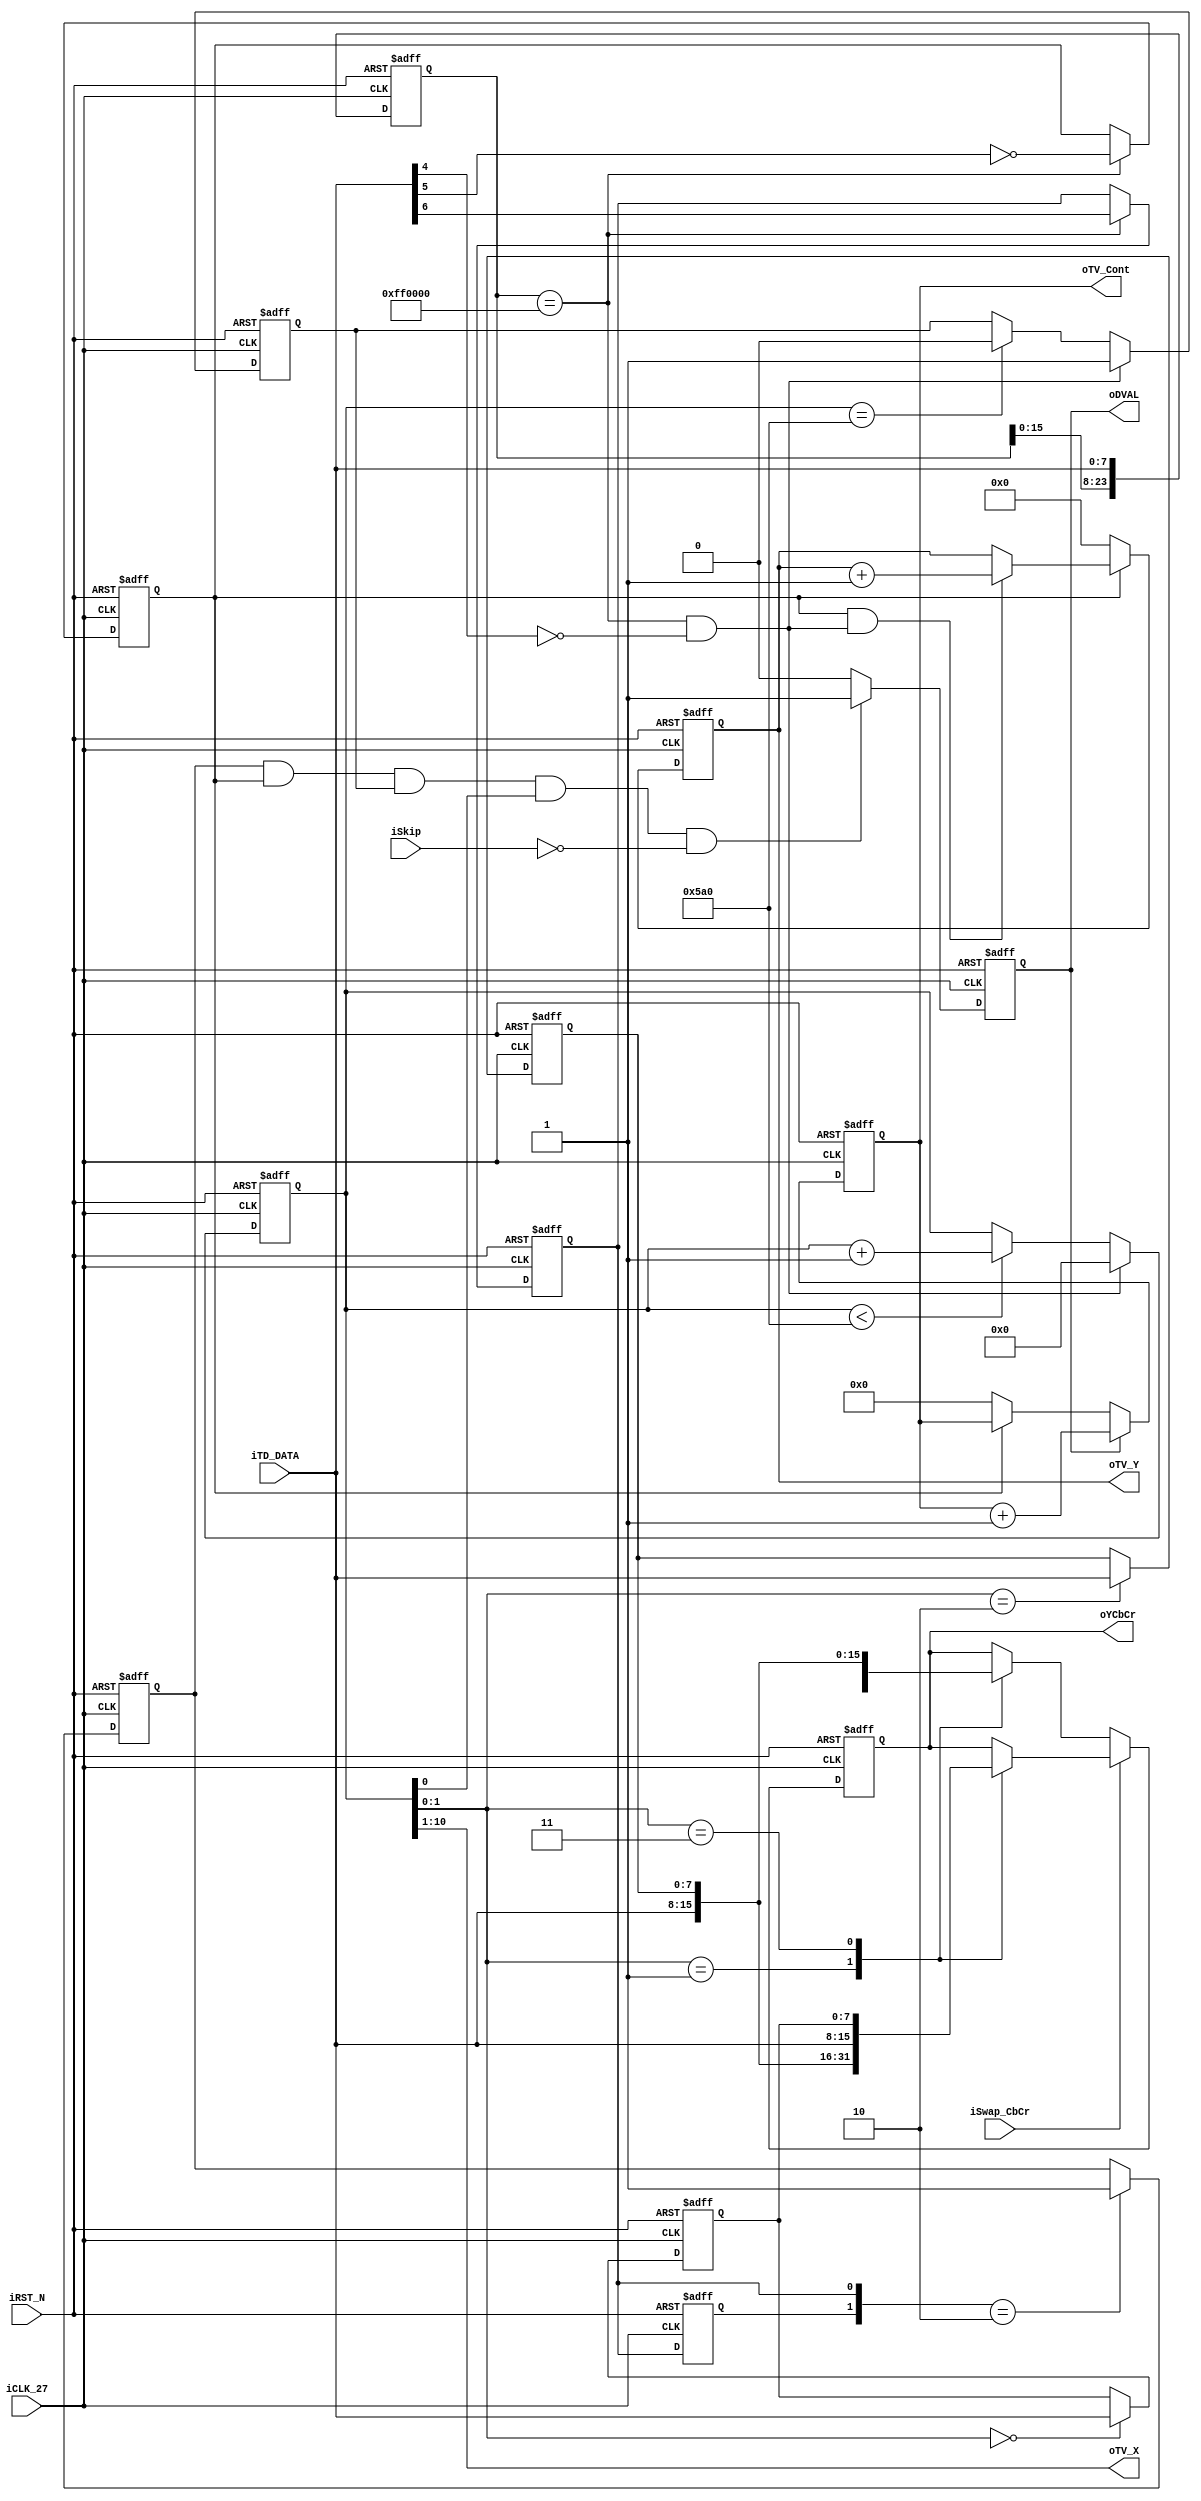
module	ITU_656_Decoder(	//	TV Decoder Input
							iTD_DATA,
							//	Position Output
							oTV_X,
							oTV_Y,
							oTV_Cont,
							//	YUV 4:2:2 Output
							oYCbCr,
							oDVAL,
							//	Control Signals
							iSwap_CbCr,
							iSkip,
							iRST_N,
							iCLK_27	);
input	[7:0]	iTD_DATA;
input			iSwap_CbCr;
input			iSkip;
input			iRST_N;
input			iCLK_27;
output	[15:0]	oYCbCr;
output	[9:0]	oTV_X;
output	[9:0]	oTV_Y;
output	[31:0]	oTV_Cont;
output			oDVAL;

//	For detection
reg		[23:0]	Window;		//	Sliding window register
reg		[17:0]	Cont;		//	Counter
reg				Active_Video;
reg				Start;
reg				Data_Valid;
reg				Pre_Field;
reg				Field;
wire			SAV;
reg				FVAL;
reg		[9:0]	TV_Y;
reg		[31:0]	Data_Cont;

//	For ITU-R 656 to ITU-R 601
reg		[7:0]	Cb;
reg		[7:0]	Cr;
reg		[15:0]	YCbCr;

assign	oTV_X	=	Cont>>1;
assign	oTV_Y	=	TV_Y;
assign	oYCbCr	=	YCbCr;
assign	oDVAL	=	Data_Valid;
assign	SAV		=	(Window==24'hFF0000)&(iTD_DATA[4]==1'b0);
assign	oTV_Cont=	Data_Cont;

always@(posedge iCLK_27 or negedge iRST_N)
begin
	if(!iRST_N)
	begin
		//	Register initial
		Active_Video<=	1'b0;
		Start		<=	1'b0;
		Data_Valid	<=	1'b0;
		Pre_Field	<=	1'b0;
		Field		<=	1'b0;
		Window		<=	24'h0;
		Cont		<=	18'h0;
		Cb			<=	8'h0;
		Cr			<=	8'h0;
		YCbCr		<=	16'h0;
		FVAL		<=	1'b0;
		TV_Y		<=	10'h0;
		Data_Cont	<=	32'h0;
	end
	else
	begin
		//	Sliding window
		Window	<=	{Window[15:0],iTD_DATA};
		//	Active data counter
		if(SAV)
		Cont	<=	18'h0;
		else if(Cont<1440)
		Cont	<=	Cont+1'b1;
		//	Check the video data is active?
		if(SAV)
		Active_Video<=	1'b1;
		else if(Cont==1440)
		Active_Video<=	1'b0;
		//	Is frame start?
		Pre_Field	<=	Field;
		if({Pre_Field,Field}==2'b10)
		Start		<=	1'b1;
		//	Field and frame valid check
		if(Window==24'hFF0000)
		begin
			FVAL	<=	!iTD_DATA[5];
			Field	<=	iTD_DATA[6];
		end
		//	ITU-R 656 to ITU-R 601
		if(iSwap_CbCr)
		begin
			case(Cont[1:0])		//	Swap
			0:	Cb		<=	 iTD_DATA;
			1:	YCbCr	<=	{iTD_DATA,Cr};
			2:	Cr		<=	 iTD_DATA;
			3:	YCbCr	<=	{iTD_DATA,Cb};
			endcase
		end
		else
		begin
			case(Cont[1:0])		//	Normal
			0:	Cb		<=	 iTD_DATA;
			1:	YCbCr	<=	{iTD_DATA,Cb};
			2:	Cr		<=	 iTD_DATA;
			3:	YCbCr	<=	{iTD_DATA,Cr};
			endcase
		end
		//	Check data valid
		if(		Start				//	Frame Start?
			&& 	FVAL				//	Frame valid?
			&& 	Active_Video		//	Active video?
			&& 	Cont[0]				//	Complete ITU-R 601?
			&& 	!iSkip	)			//	Is non-skip pixel?
		Data_Valid	<=	1'b1;
		else
		Data_Valid	<=	1'b0;
		//	TV decoder line counter for one field
		if(FVAL && SAV)
		TV_Y<=	TV_Y+1;
		if(!FVAL)
		TV_Y<=	0;
		//	Data counter for one field
		if(!FVAL)
		Data_Cont	<=	0;
		if(Data_Valid)
		Data_Cont	<=	Data_Cont+1'b1;
	end
end

endmodule